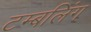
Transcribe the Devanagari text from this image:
टम्बलिंग